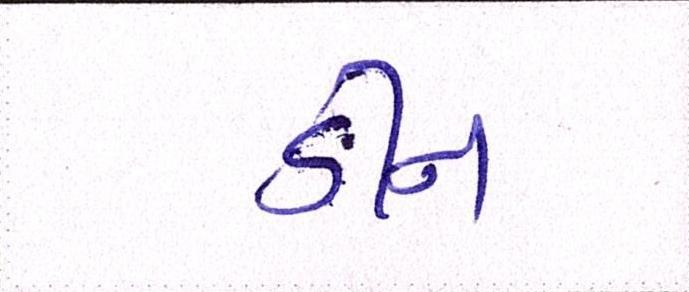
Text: ડીન